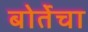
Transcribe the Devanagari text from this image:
बोर्तेचा